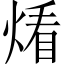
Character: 𱫨